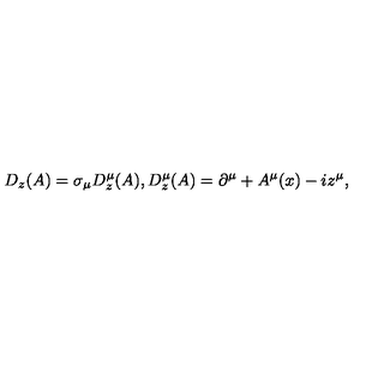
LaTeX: D _ { z } ( A ) = \sigma _ { \mu } D _ { z } ^ { \mu } ( A ) , D _ { z } ^ { \mu } ( A ) = \partial ^ { \mu } + A ^ { \mu } ( x ) - i z ^ { \mu } ,